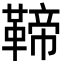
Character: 𩋣